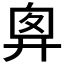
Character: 𢍍